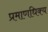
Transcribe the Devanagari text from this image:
प्रमाणधिक्य